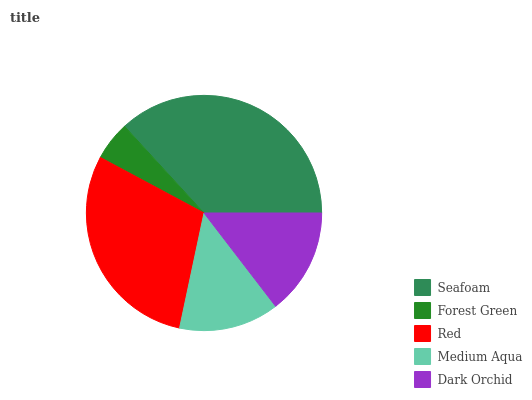
| Seafoam | Forest Green | Red | Medium Aqua | Dark Orchid |
 | --- | --- | --- | --- | --- |
 | 36.8% | 5.37% | 29.5% | 13.8% | 14.6% |